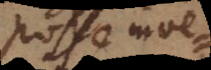
posse inveniri